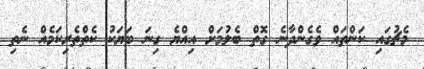
މެޗުގައި ކަންތައް ވެގެންދާނެ ގޮތް ބެލުމަށް އިއްޔެ ގިނަ ބަޔަކު ކެތްތެރިކަމެއް ނެތި